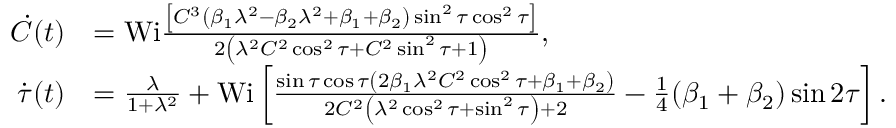
\begin{array} { r l } { \dot { C } ( t ) } & { = \mathrm { W i } \frac { \left[ C ^ { 3 } \left( \beta _ { 1 } \lambda ^ { 2 } - \beta _ { 2 } \lambda ^ { 2 } + \beta _ { 1 } + \beta _ { 2 } \right) \sin ^ { 2 } \tau \cos ^ { 2 } \tau \right] } { 2 \left( \lambda ^ { 2 } C ^ { 2 } \cos ^ { 2 } \tau + C ^ { 2 } \sin ^ { 2 } \tau + 1 \right) } , } \\ { \dot { \tau } ( t ) } & { = \frac { \lambda } { 1 + \lambda ^ { 2 } } + \mathrm { W i } \left[ \frac { \sin \tau \cos \tau \left( 2 \beta _ { 1 } \lambda ^ { 2 } C ^ { 2 } \cos ^ { 2 } \tau + \beta _ { 1 } + \beta _ { 2 } \right) } { 2 C ^ { 2 } \left( \lambda ^ { 2 } \cos ^ { 2 } \tau + \sin ^ { 2 } \tau \right) + 2 } - \frac { 1 } { 4 } ( \beta _ { 1 } + \beta _ { 2 } ) \sin 2 \tau \right] . } \end{array}